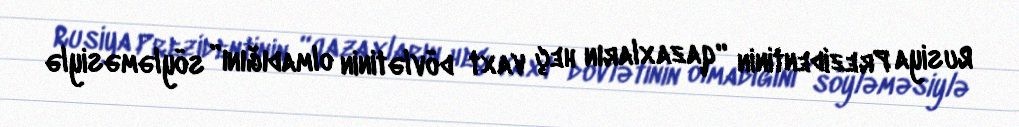
Rusiya Prezidentinin “qazaxların heç vaxt dövlətinin olmadığını” söyləməsiylə